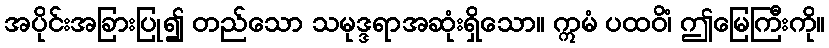
အပိုင်းအခြားပြု၍ တည်သော သမုဒ္ဒရာအဆုံးရှိသော။ ဣမံ ပထဝိံ၊ ဤမြေကြီးကို။